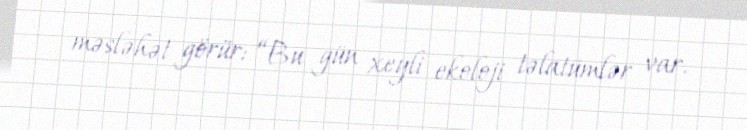
məsləhət görür: “Bu gün xeyli ekoloji təlatümlər var.